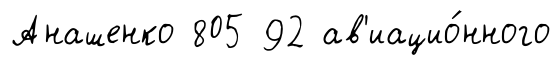
Анашенко 805 92 ав'иацио́нного